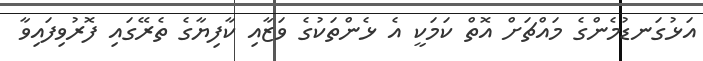
އަޅުގަނޑުމެންގެ މައްޗަށް އޮތް ކަމަކީ އެ ޅެންތަކުގެ ވަޒާއި ކާފިޔާގެ ތެރޭގައި ފޮރުވިފައިވާ